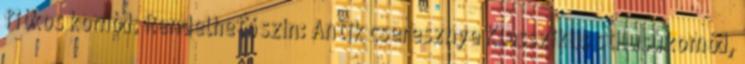
fiókos komód. Rendelhető szín: Antik cseresznye Klasszikus stílusú komód,